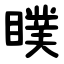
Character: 瞨